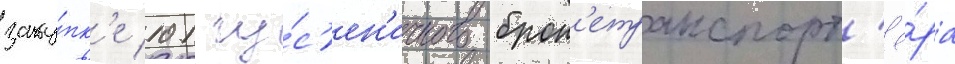
заку́пк'е 101 гу́с'ен'ичного брон'етранспорт'ё́ра